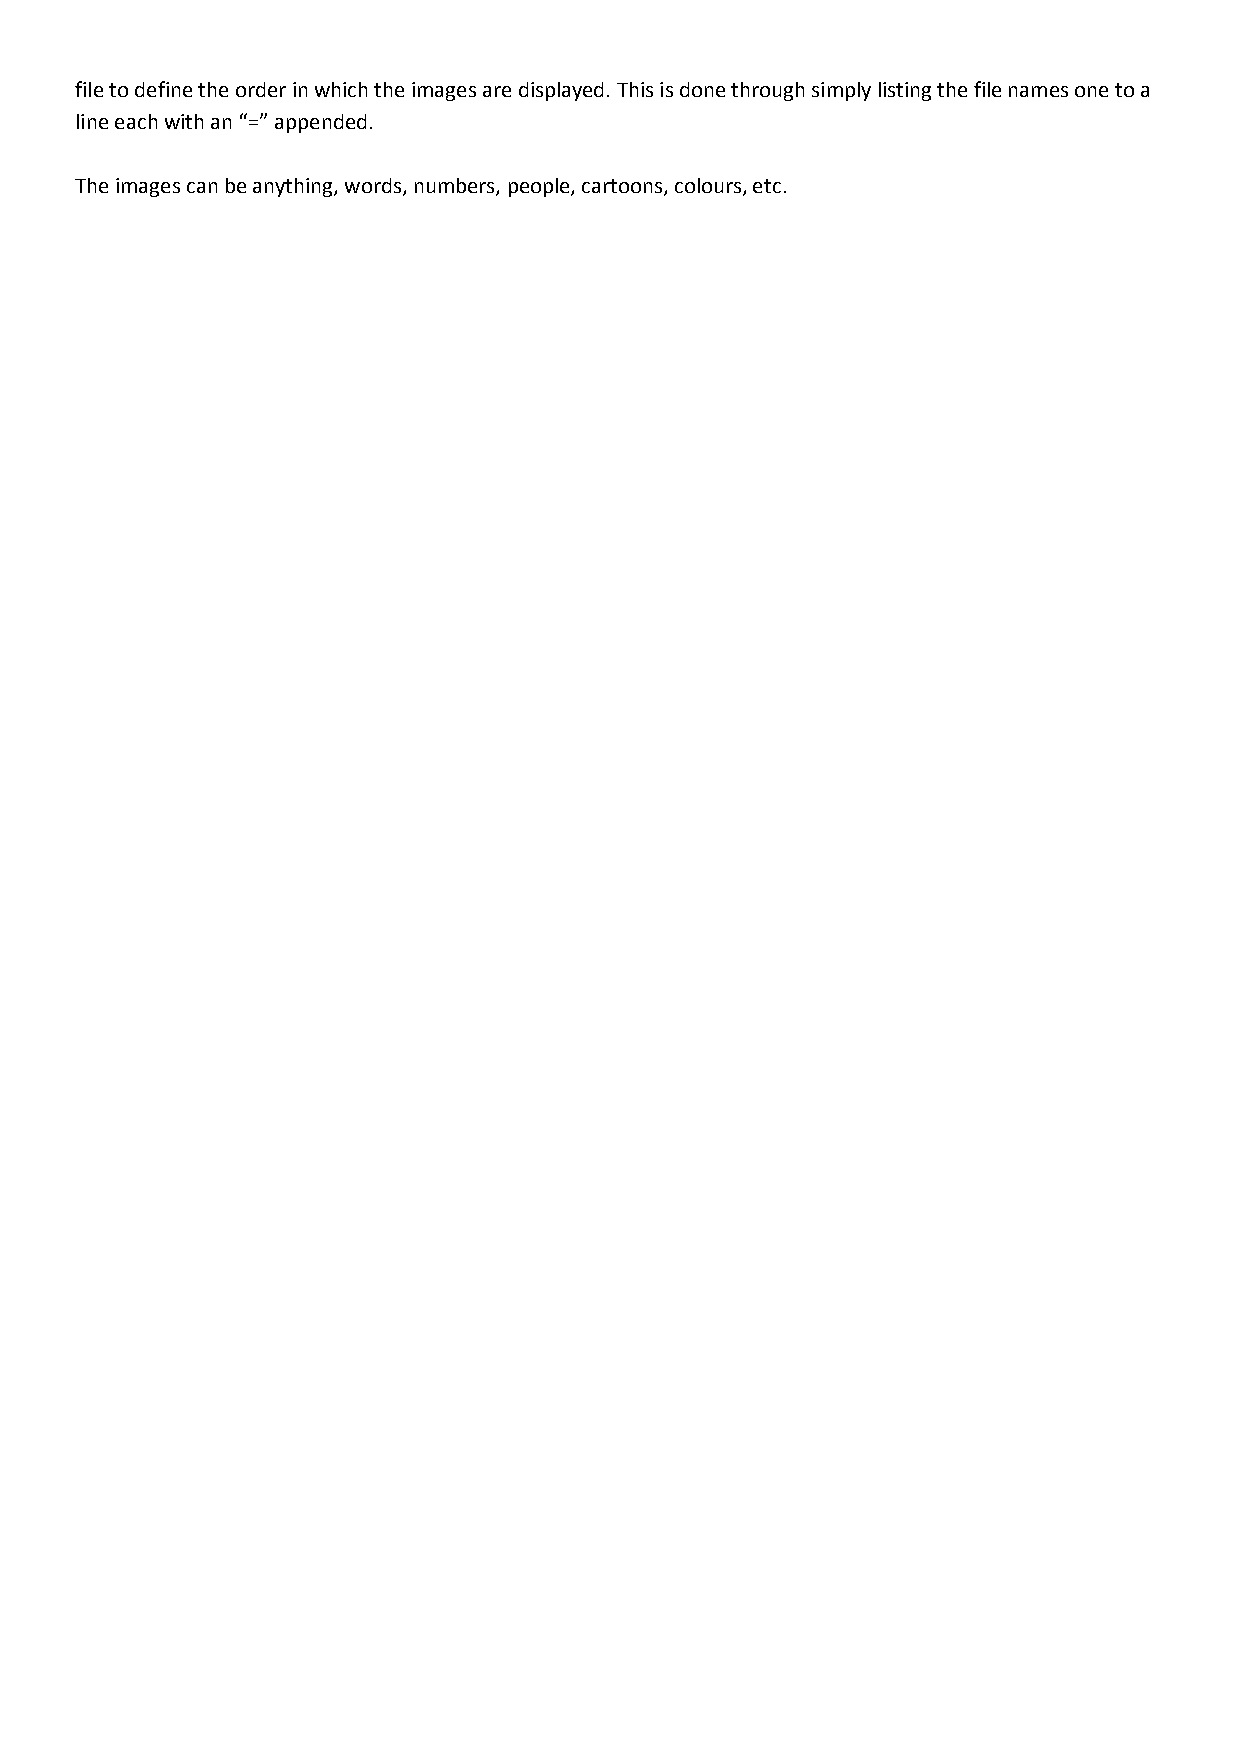
file to define the order in which the images are displayed. This is done through simply listing the file names one to a
 line each with an “=” appended.
 The images can be anything, words, numbers, people, cartoons, colours, etc.